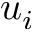
u _ { i }